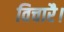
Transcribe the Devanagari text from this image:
विचारै।